Source: Handwritten
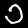
Digit: ၁ (1)